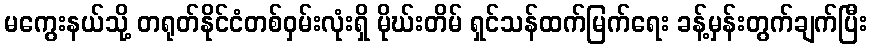
မကွေးနယ်သို့ တရုတ်နိုင်ငံတစ်ဝှမ်းလုံးရှိ မိုဃ်းတိမ် ရှင်သန်ထက်မြက်ရေး ခန့်မှန်းတွက်ချက်ပြီး